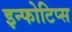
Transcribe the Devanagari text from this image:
इन्फोटिप्स